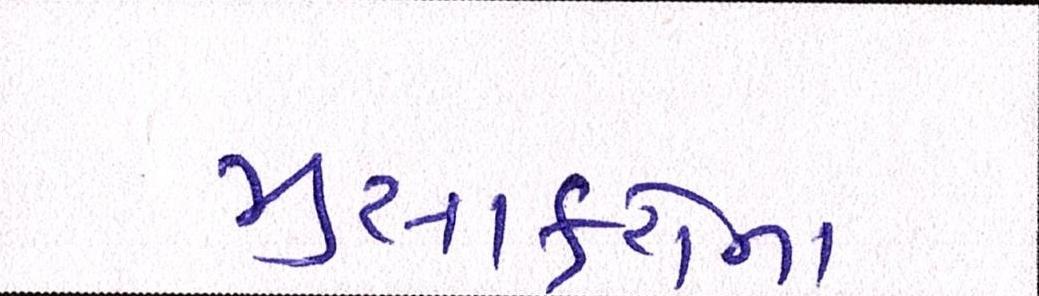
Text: મુસાફરોના